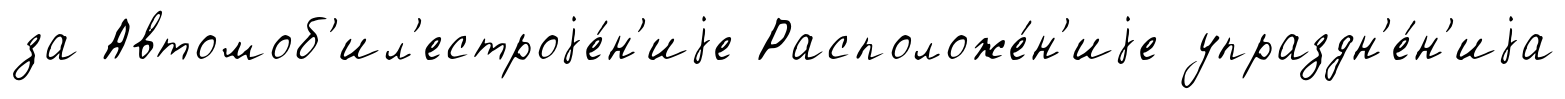
за Автомоб'ил'естроjе́н'иjе Расположе́н'иjе упраздн'е́н'иjа